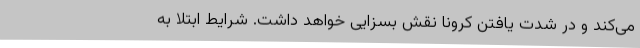
می‌کند و در شدت یافتن کرونا نقش بسزایی خواهد داشت. شرایط ابتلا به